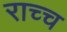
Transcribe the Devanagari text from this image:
राच्च